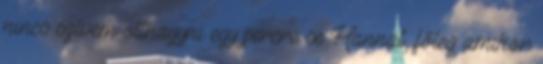
nincs szívem otthagyni egy percre se Hannát, főleg amikor